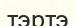
тэртэ